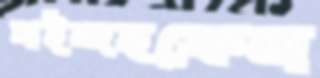
আইন্দহফেন